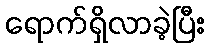
ရောက်ရှိလာခဲ့ပြီး